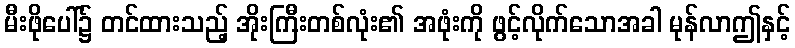
မီးဖိုပေါ်၌ တင်ထားသည့် အိုးကြီးတစ်လုံး၏ အဖုံးကို ဖွင့်လိုက်သောအခါ မုန်လာဤနှင့်